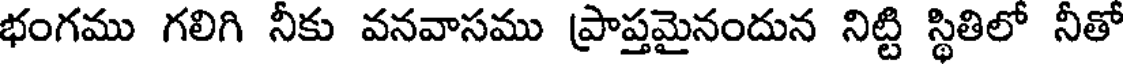
భంగము గలిగి నీకు వనవాసము ప్రాప్తమైనందున నిట్టి స్థితిలో నీతో